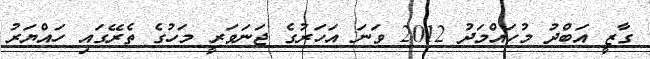
ގާޒީ އަބްދު މުހައްމަދު 2012 ވަނަ އަހަރުގެ ޖަނަވަރީ މަހުގެ ތެރޭގައި ހައްޔަރު